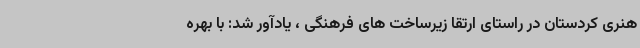
هنری کردستان در راستای ارتقا زیرساخت های فرهنگی ، یادآور شد: با بهره